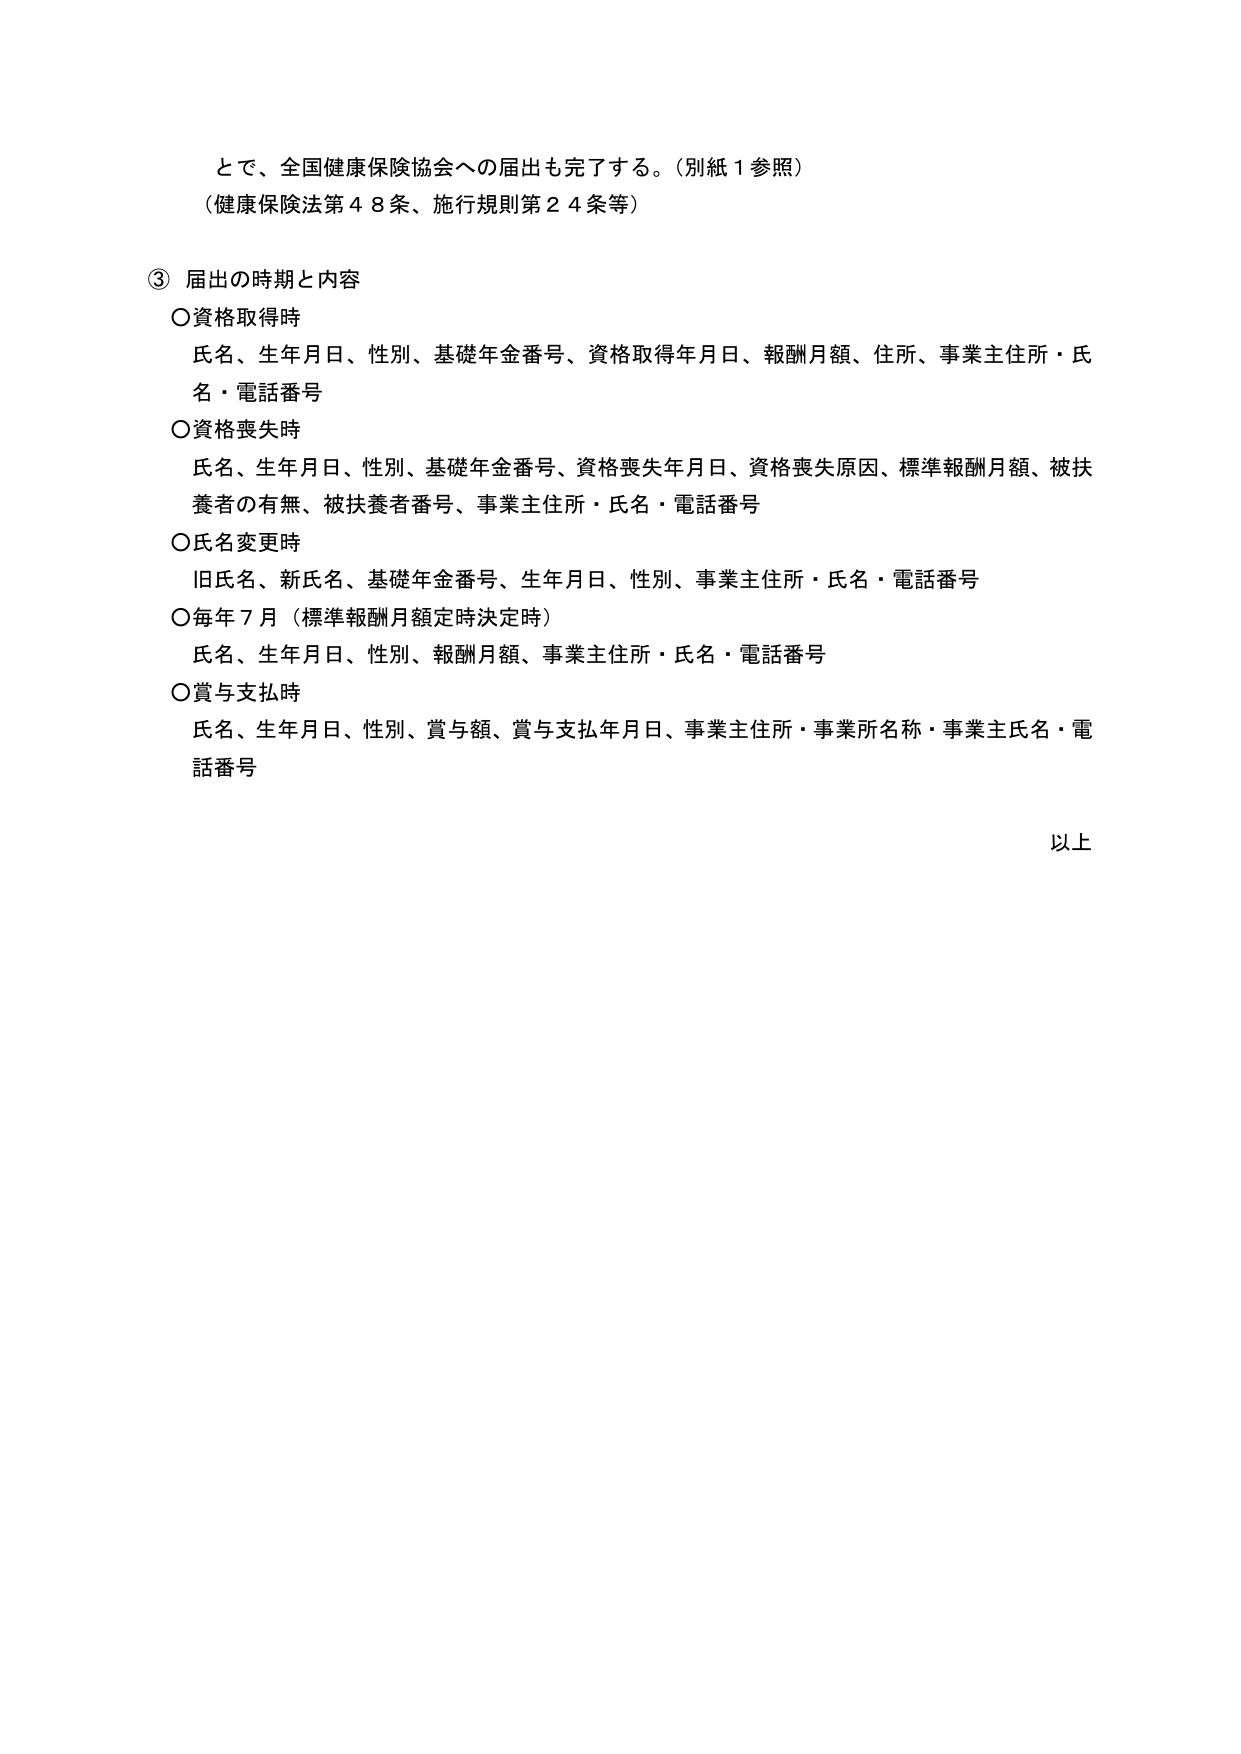
とで、全国健康保険協会への届出も完了する。（別紙１参照）
（健康保険法第４８条、施行規則第２４条等）

③ 届出の時期と内容
○資格取得時
　氏名、生年月日、性別、基礎年金番号、資格取得年月日、報酬月額、住所、事業主住所・氏名・電話番号
○資格喪失時
　氏名、生年月日、性別、基礎年金番号、資格喪失年月日、資格喪失原因、標準報酬月額、被扶養者の有無、被扶養者番号、事業主住所・氏名・電話番号
○氏名変更時
　旧氏名、新氏名、基礎年金番号、生年月日、性別、事業主住所・氏名・電話番号
○毎年７月（標準報酬月額定時決定時）
　氏名、生年月日、性別、報酬月額、事業主住所・氏名・電話番号
○賞与支払時
　氏名、生年月日、性別、賞与額、賞与支払年月日、事業主住所・事業所名称・事業主氏名・電話番号

以上